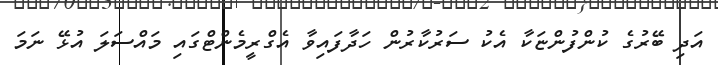
އަދި ބޭރުގެ ކުންފުންޏަކާ އެކު ސަރުކާރުން ހަދާފައިވާ އެގްރީމެންޓްގައި މައްސަލަ އުޅޭ ނަމަ